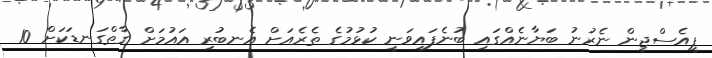
ޕީއެސްޖީން ނެރުނު ބަޔާނެއްގައި ބުނެފައިވަނީ ކުޅުމުގެ ތެރެއަށް އެނބުރި އައުމަށް ގާތްގަނޑަކަށް 10